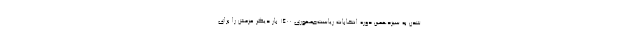
شدن به سیزدهمین دوره انتخابات ریاست‌جمهوری ۱۴۰۰ بار دیگر عزمش را برای